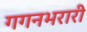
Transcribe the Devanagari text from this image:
गगनभरारी